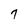
Character: 7